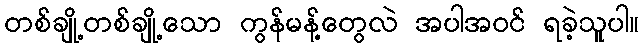
တစ်ချို့တစ်ချို့သော ကွန်မန့်တွေလဲ အပါအဝင် ရခဲ့သူပါ။